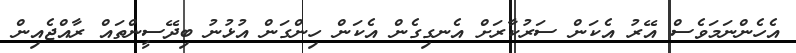
އެހެންނަމަވެސް އޭރު އެކަން ސަރުކާރަށް އެނގިގެން އެކަން ހިންގަން އުޅުނު ބިދޭސީންތައް ރާއްޖެއިން